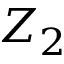
Z _ { 2 }